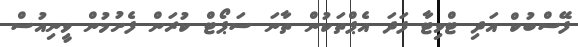
ފޭސްބުކް އަދި ޓްވިޓާ ފަަދަ އެޕްތަކުން ތާނަ ސަޕޯޓް ކުރަން ފެށުމުން ވީނިއުސް